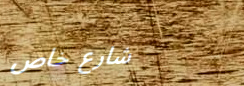
شارع خاص